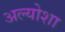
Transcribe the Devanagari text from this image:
अल्योशा